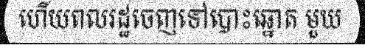
ហើយពលរដ្ឋចេញទៅបោះឆ្នោត មួយ